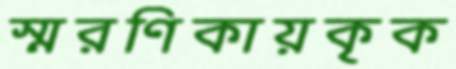
স্মরণিকায়কৃক